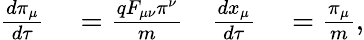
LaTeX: \begin{array}{rlrl}{\frac{d\pi_{\mu}}{d\tau}}&{{}=\frac{qF_{\mu\nu}\pi^{\nu}}{m}}&{\frac{dx_{\mu}}{d\tau}}&{{}=\frac{\pi_{\mu}}{m},}\end{array}